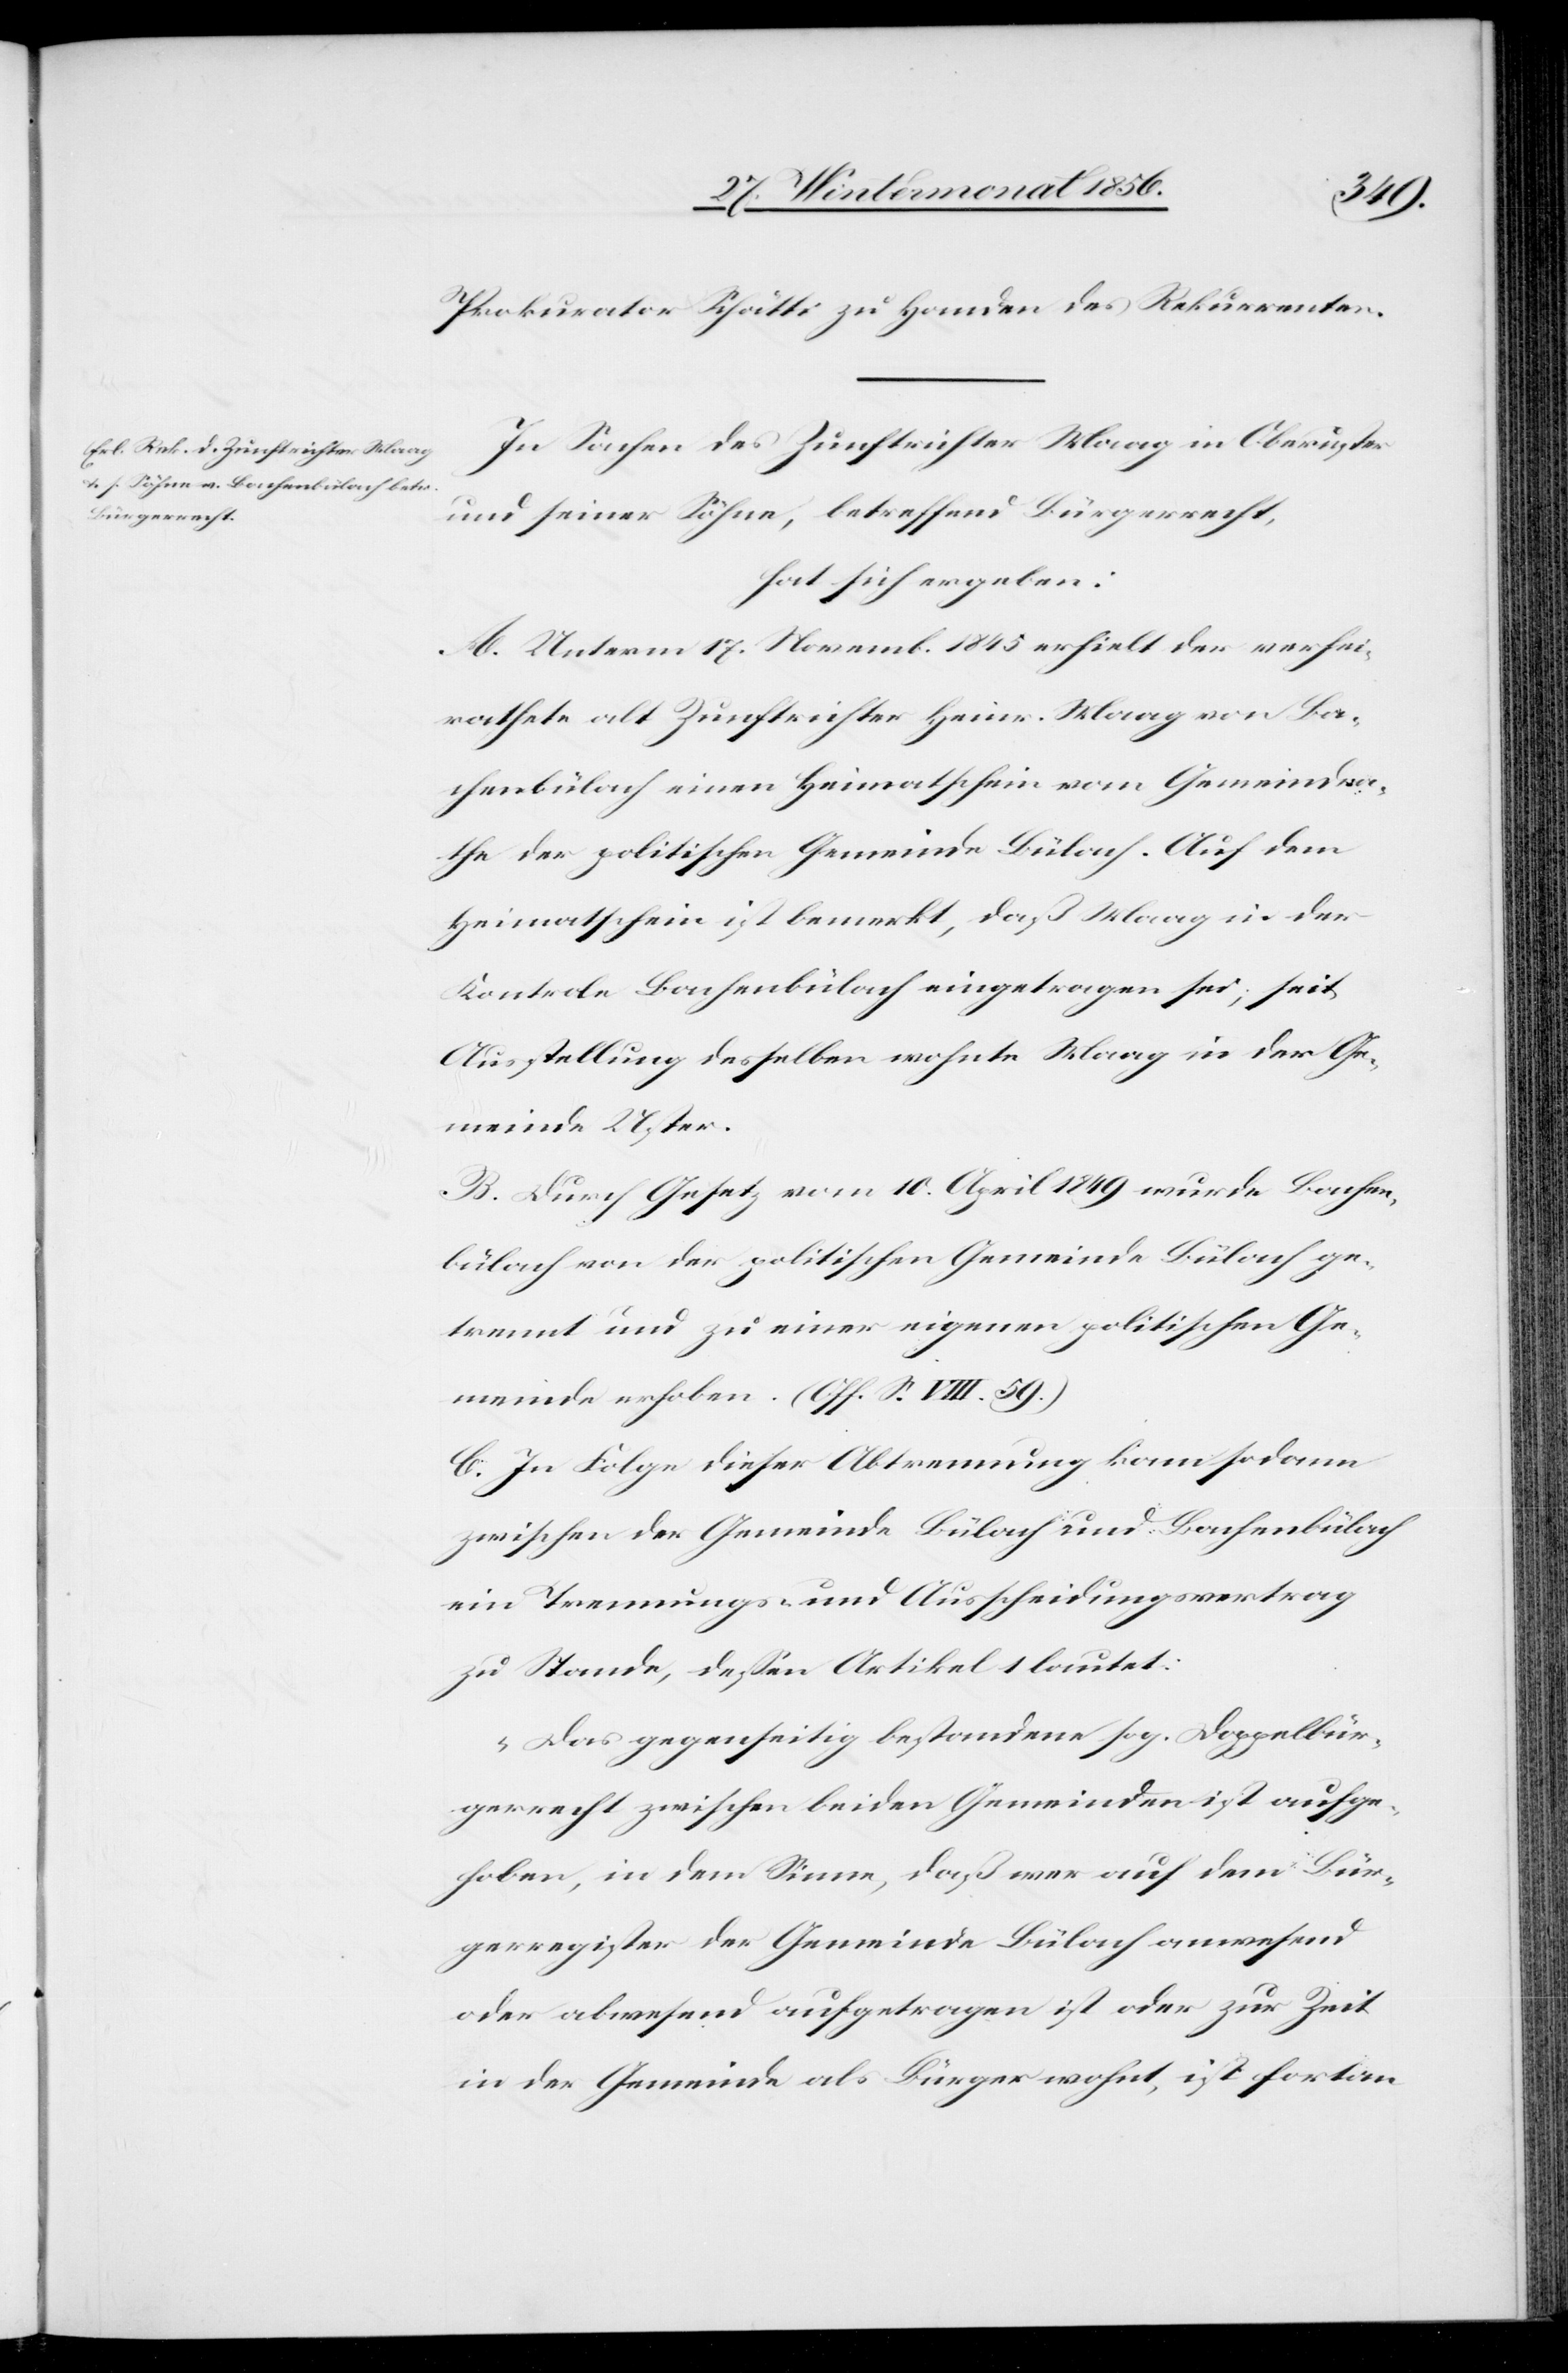
Prokurator Schätti zu Handen des Rekurrenten.
In Sachen des Zunftrichter Maag in Oberuster
und seiner Söhne, betreffend Bürgerrecht,
hat sich ergeben:
A. Unterm 17. Novemb. 1845 erhielt der verhei¬
rathete alt Zunftrichter Heinr. Maag von Ba¬
chenbülach einen Heimatschein vom Gemeindra¬
the der politischen Gemeinde Bülach. Auf dem
Heimatschein ist bemerkt, daß Maag in der
Kontrole Bachenbülach eingetragen sei; seit
Ausstellung desselben wohnte Maag in der Ge¬
meinde Uster.
B. Durch Gesetz vom 10. April 1849 wurde Bachen¬
bülach von der politischen Gemeinde Bülach ge¬
trennt und zu einer eigenen politischen Ge¬
meinde erhoben. (Off. S. VIII. 59.)
C. In Folge dieser Abtrennung kam sodann
zwischen der Gemeinde Bülach und Bachenbülach
ein Trennungs- und Ausscheidungsvertrag
zu Stande, dessen Artikel 1 lautet:
„Das gegenseitig bestandene sog. Doppelbür¬
gerrecht zwischen beiden Gemeinden ist aufge¬
hoben, in dem Sinne, daß wer auf dem Bür¬
gerregister der Gemeinde Bülach anwesend
oder abwesend aufgetragen ist oder zur Zeit
in der Gemeinde als Bürger wohn, ist fortan